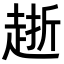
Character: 𧻸